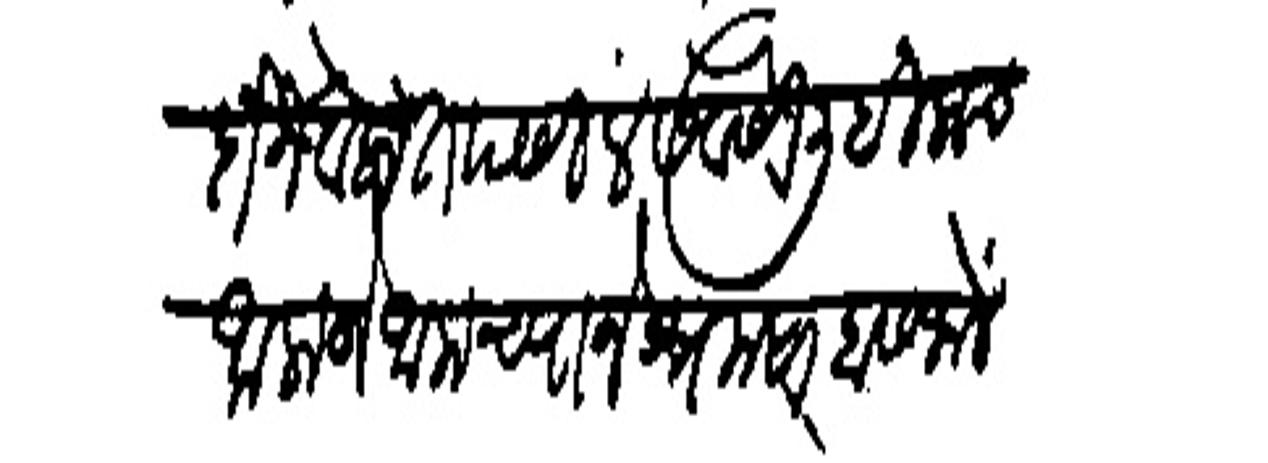
Transliteration (Devanagari): दोन वेला तपसील सेवेसी लिहिलाच आला जे आमच्याने श्रमसाहास जालें